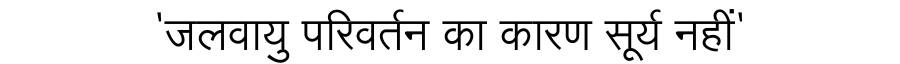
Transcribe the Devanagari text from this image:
'जलवायु परिवर्तन का कारण सूर्य नहीं'